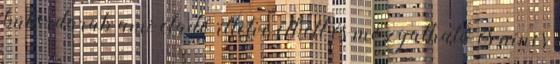
bútordarab ami eladó illetve elkelt és mozgatható és nincs